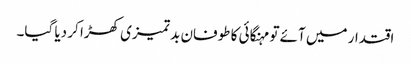
اقتدار میں آئے تو مہنگائی کا طوفان بد تمیزی کھڑا کر دیا گیا۔